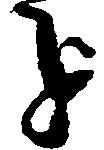
を